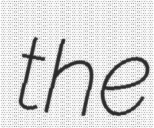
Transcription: the